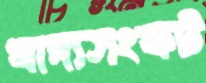
খাদ্যসংকট